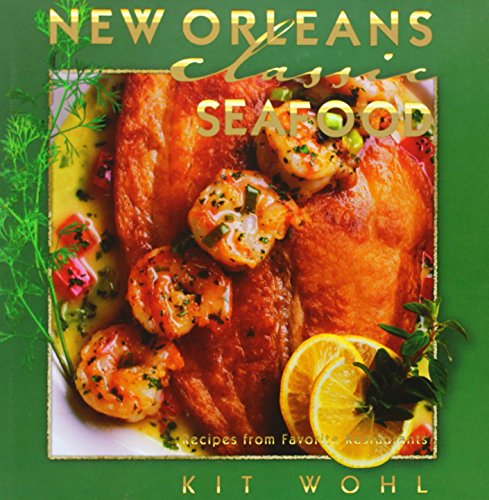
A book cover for New Orleans Classic Seafood (Classic Recipes Series); Kit Wohl; Cookbooks, Food & Wine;